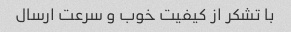
با تشکر از کیفیت خوب و سرعت ارسال